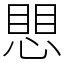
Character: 愳